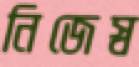
নিজেস্ব